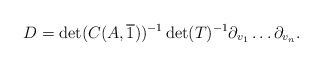
LaTeX: \begin{align*}D = \det(C(A,\overline{1}))^{-1} \det(T)^{-1} \partial_{v_1}\ldots \partial_{v_n}.\end{align*}